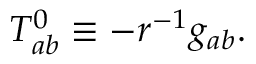
T _ { a b } ^ { 0 } \equiv - r ^ { - 1 } g _ { a b } .